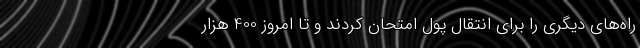
راه‌های دیگری را برای انتقال پول امتحان کردند و تا امروز 400 هزار